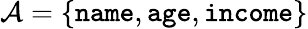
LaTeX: {\mathcal{A}}=\{ {\texttt{name}},{\texttt{age}},{\texttt{income}}\}